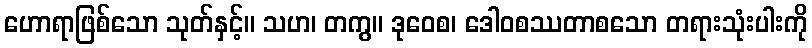
ဟောရာဖြစ်သော သုတ်နှင့်။ သဟ၊ တကွ။ ဒုဝေစ၊ ဒေါဝစဿတာစသော တရားသုံးပါးကို